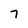
Character: 7